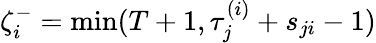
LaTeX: \zeta_{i}^{-}=\operatorname*{min}(T+1,\tau_{j}^{(i)}+s_{ji}-1)